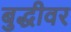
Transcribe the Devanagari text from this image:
बुद्धीवर